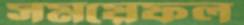
সময়েফল